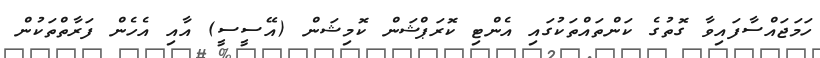
ހަމަޖައްސާފައިވާ ގޮތުގެ ކަންތައްތަކުގައި އެންޓި ކޮރަޕްޝަން ކޮމިޝަން (އޭސީސީ) އާއި އެހެން ފަރާތްތަކުން